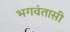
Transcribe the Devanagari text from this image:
भगवंतासी